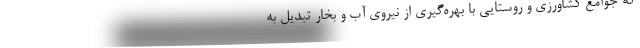
که جوامع کشاورزی و روستایی با بهره‌گیری از نیروی آب و بخار تبدیل به